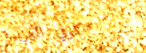
كوفي العربية